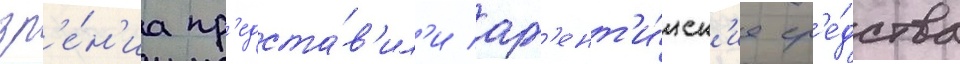
зр'е́н'иа пр'едста́в'ил'и арг'ент'и́нск'ие ср'е́дства